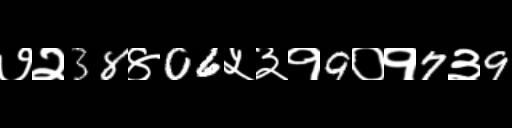
Text: ७२38४06५३१9०१7३9